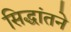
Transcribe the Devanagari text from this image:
सिद्धांतने